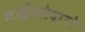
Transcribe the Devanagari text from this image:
मोहेंजोदारो